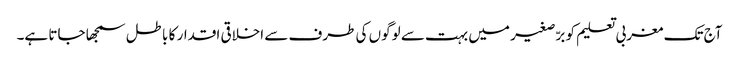
آج تک مغربی تعلیم کو برّصغیر میں بہت سے لوگوں کی طرف سے اخلاقی اقدار کا باطل سمجھا جاتا ہے۔